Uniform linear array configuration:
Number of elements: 48
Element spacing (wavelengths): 0.25
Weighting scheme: blackman
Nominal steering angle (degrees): -60
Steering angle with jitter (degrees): -59.908
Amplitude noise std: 0.05
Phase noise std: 0.05

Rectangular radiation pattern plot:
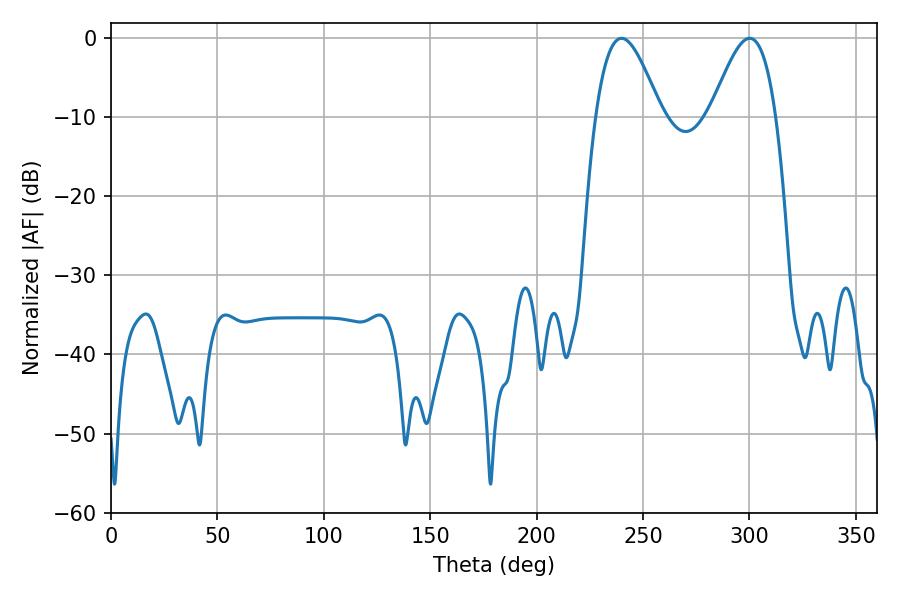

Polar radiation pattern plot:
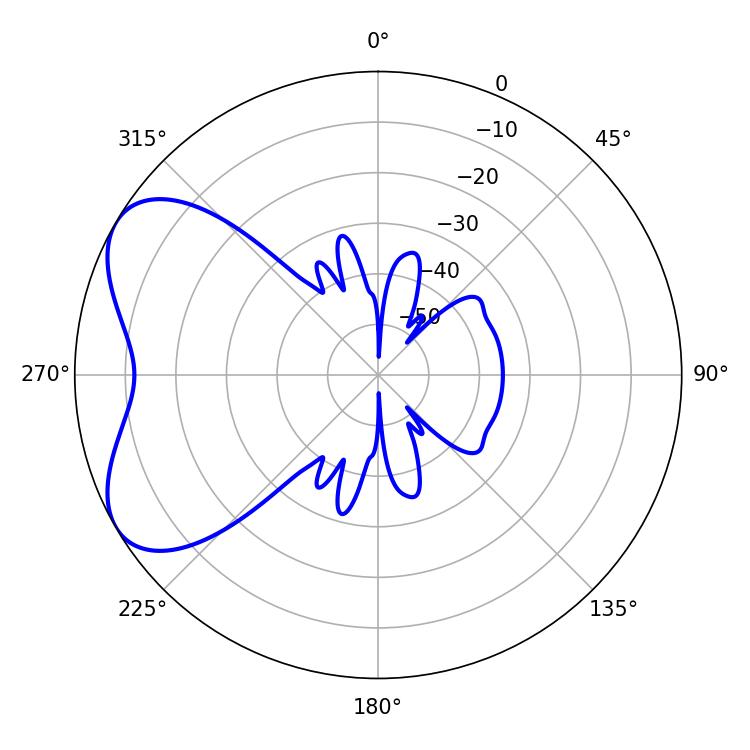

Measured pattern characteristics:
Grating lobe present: FALSE
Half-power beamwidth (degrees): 16.38
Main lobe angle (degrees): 239.94